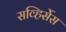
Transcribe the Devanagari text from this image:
सव्हिर्सेस